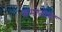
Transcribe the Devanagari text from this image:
इमोतोचा